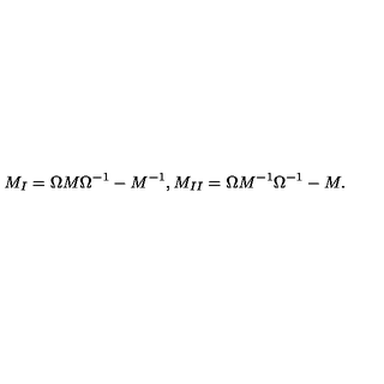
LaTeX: M _ { I } = \Omega M \Omega ^ { - 1 } - M ^ { - 1 } , M _ { I I } = \Omega M ^ { - 1 } \Omega ^ { - 1 } - M .